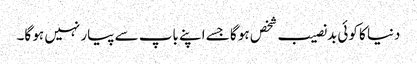
دنیا کا کوئی بدنصیب شخص ہو گا جسے اپنے باپ سے پیار نہیں ہو گا۔